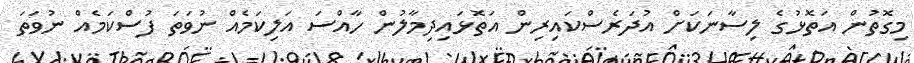
މިގޮތުން އަތޮޅުގެ ލިސާނަކަށް އުދަރެސްކައިރިން އަތޮޅައިދިމާލުން ހާއްސަ އަލިކަމެއް ނުވަތަ ފުސްކަމެއް ނުވަތަ